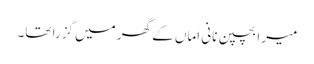
میرا بچپن نانی اماں کے گھر میں گزرا تھا۔